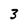
Character: 3